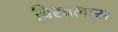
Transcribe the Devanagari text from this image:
बिरबलास